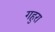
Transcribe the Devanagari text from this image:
गहुरा